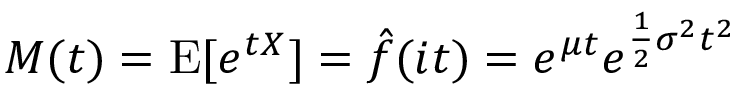
M ( t ) = \operatorname { E } [ e ^ { t X } ] = { \hat { f } } ( i t ) = e ^ { \mu t } e ^ { { \frac { 1 } { 2 } } \sigma ^ { 2 } t ^ { 2 } }